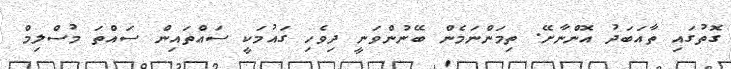
ގޮތުގައި ތާއަބަދު އޮންނާށޭ. ތިމަންނަމެން ބޭނުންވަނީ ދިވެހި ގައުމަކީ ސައްތައިން ސައްތަ މުސްލިމް